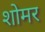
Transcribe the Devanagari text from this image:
शोमर